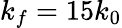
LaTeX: k_{f}=15k_{0}